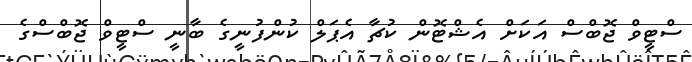
ސްޓީވް ޖޮބްސް އަކަށް އެޝްޓޮން ކުޗާ އެޕަލް ކުންފުނީގެ ބާނީ ސްޓީވް ޖޮބްސްގެ